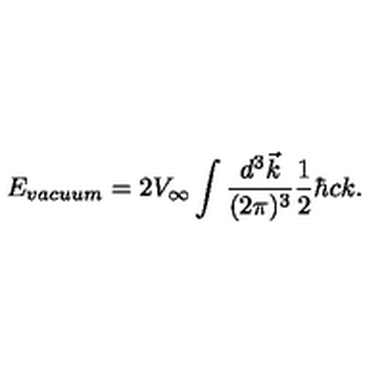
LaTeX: E _ { \small v a c u u m } = 2 V _ { \infty } \int { \frac { d ^ { 3 } \vec { k } } { ( 2 \pi ) ^ { 3 } } } { \frac { 1 } { 2 } } \hbar c k .